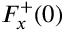
F _ { x } ^ { + } ( 0 )